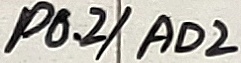
Text: P0.2/AD2